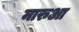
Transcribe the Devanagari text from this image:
मारुआ